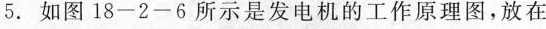
5.如图18-2-6所示是发电机的工作原理图，放在